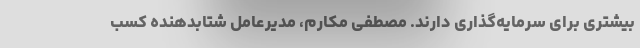
بیشتری برای سرمایه‌گذاری دارند. مصطفی مکارم، مدیرعامل شتابدهنده کسب